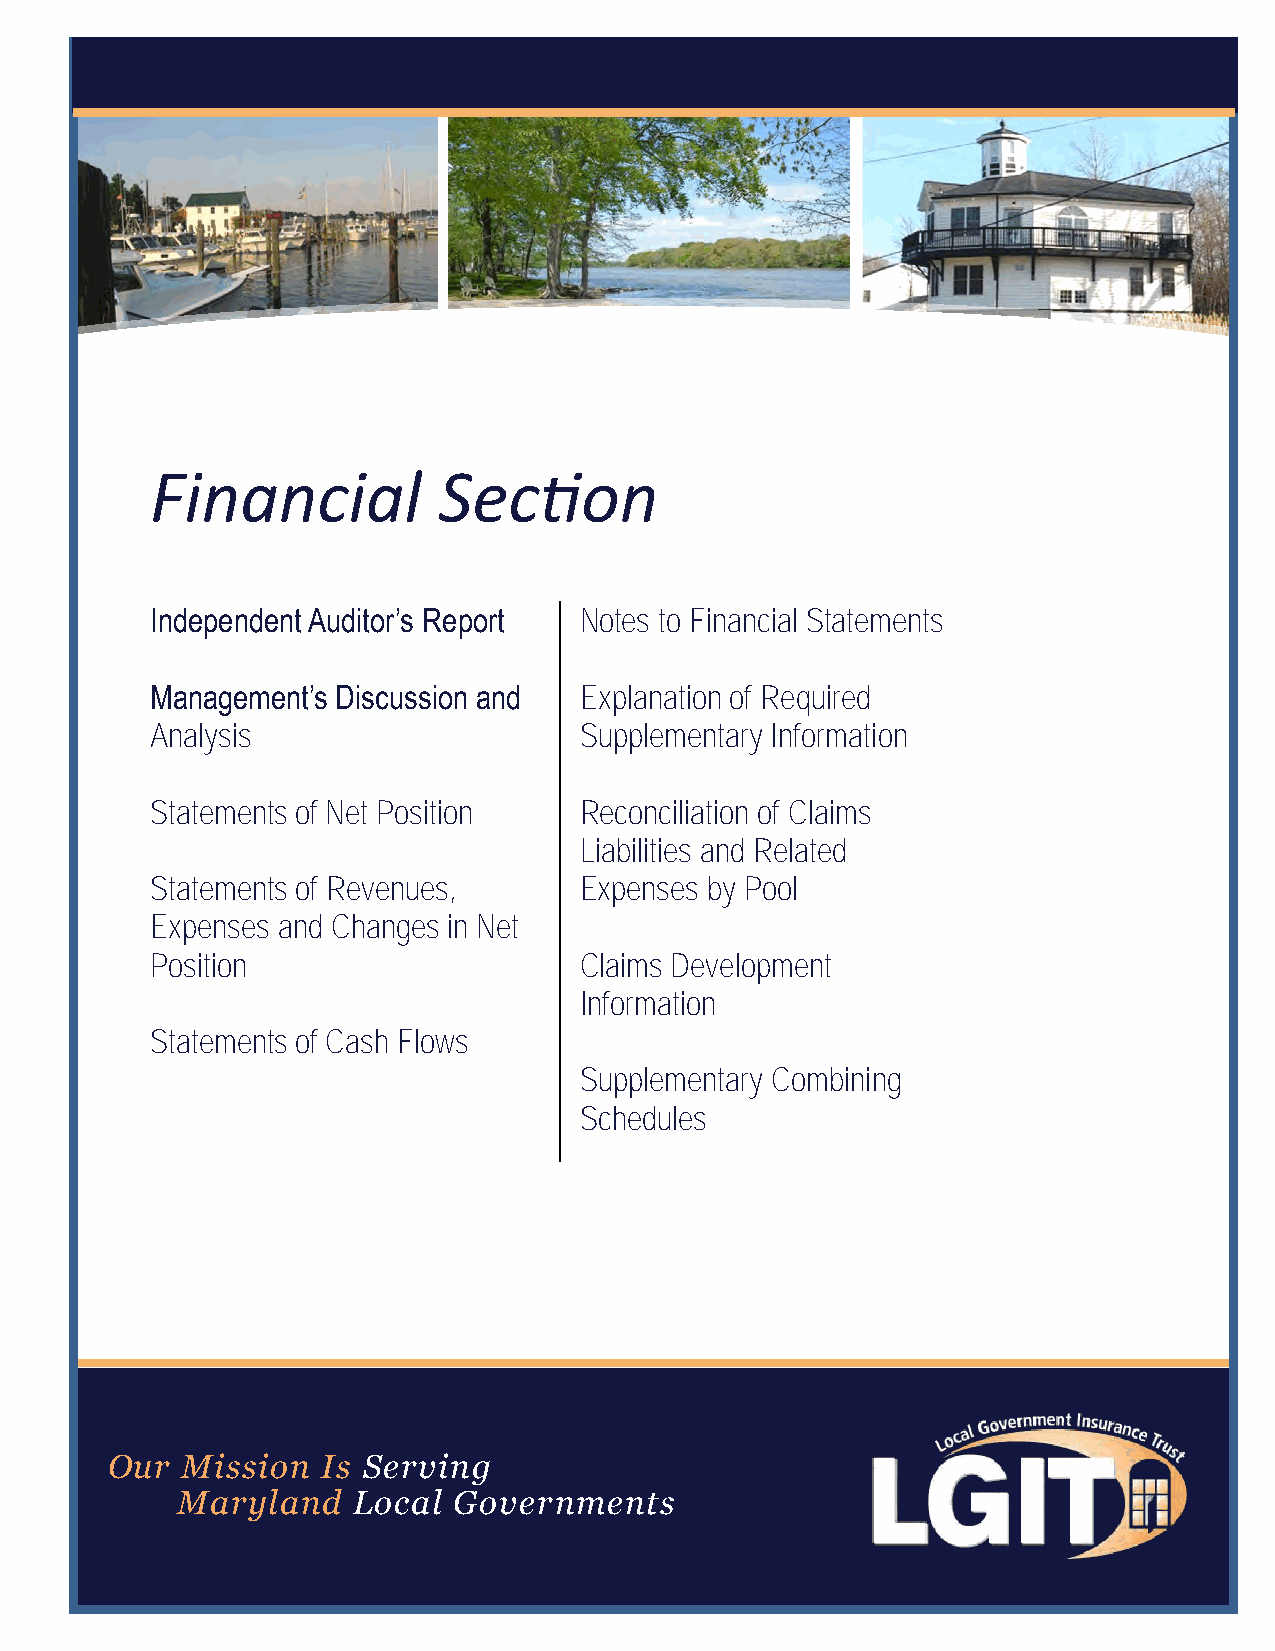
Financial          Section
 Independent Auditor’s Report Notes to Financial Statements
 Management’s Discussion and Explanation of Required
 Analysis                    Supplementary Information
 Statements of Net Position  Reconciliation of Claims
 Liabilities and Related
 Statements of Revenues,     Expenses by Pool
 Expenses and Changes in Net
 Position                    Claims Development
 Information
 Statements of Cash Flows
 Supplementary Combining
 Schedules
 Our  Mission  Is Serving
 Maryland   Local  Governments